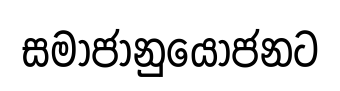
සමාජානුයෝජනට